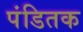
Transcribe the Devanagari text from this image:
पंडितक